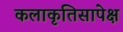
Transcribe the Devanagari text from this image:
कलाकृतिसापेक्ष